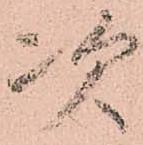
次